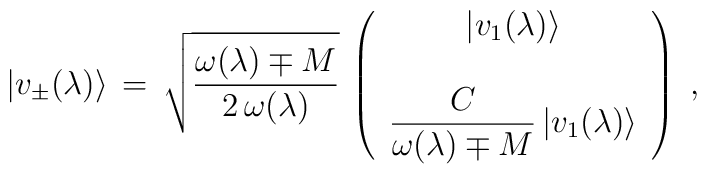
|v_\pm (\lambda)\rangle \,=\, \sqrt{\frac{\omega (\lambda)\mp M}{2 \, \omega (\lambda) }} \, \left(\begin{array}{c}|v_1 (\lambda)\rangle \\\\\displaystyle{\frac{C}{\omega (\lambda) \mp M}} \, |v_1 (\lambda) \rangle\end{array}\right)\;,